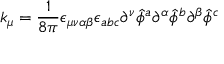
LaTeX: k _ { \mu } = { \frac { 1 } { 8 \pi } } \epsilon _ { \mu \nu \alpha \beta } \epsilon _ { a b c } \partial ^ { \nu } { \hat { \phi } } ^ { a } \partial ^ { \alpha } { \hat { \phi } } ^ { b } \partial ^ { \beta } { \hat { \phi } } ^ { c }